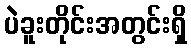
ပဲခူးတိုင်းအတွင်းရှိ